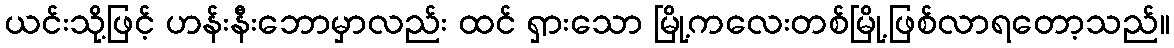
ယင်းသို့ဖြင့် ဟန်းနီးဘောမှာလည်း ထင် ရှားသော မြို့ကလေးတစ်မြို့ဖြစ်လာရတော့သည်။